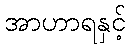
အာဟာရနှင့်